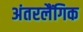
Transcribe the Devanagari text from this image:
अंतरलैंगिक